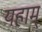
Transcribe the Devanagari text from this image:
यहाम्ं